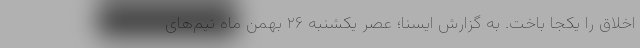
اخلاق را یکجا باخت. به گزارش ایسنا؛ عصر یکشنبه ۲۶ بهمن ماه تیم‌های